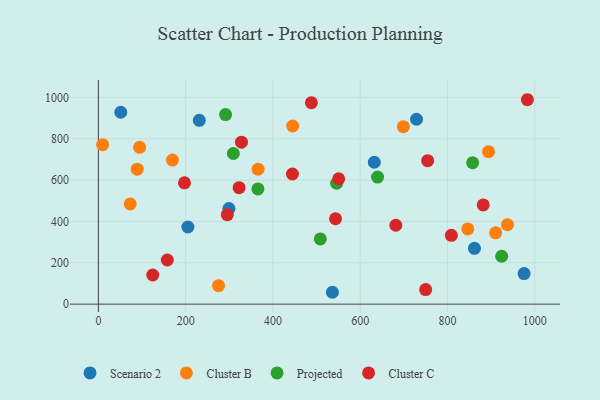
{"axis": {"x": "Study Hours", "y": "Exam Score"}, "legend": ["Cluster B", "Cluster C", "Projected", "Scenario 2"], "data": [{"x": "536.3", "y": 57.4, "type": "Scenario 2"}, {"x": "205.1", "y": 373.2, "type": "Scenario 2"}, {"x": "729.1", "y": 894.6, "type": "Scenario 2"}, {"x": "861.9", "y": 270.3, "type": "Scenario 2"}, {"x": "632.4", "y": 686.5, "type": "Scenario 2"}, {"x": "299.2", "y": 462.6, "type": "Scenario 2"}, {"x": "51.3", "y": 928.6, "type": "Scenario 2"}, {"x": "231.3", "y": 889.2, "type": "Scenario 2"}, {"x": "975.7", "y": 148.1, "type": "Scenario 2"}, {"x": "846.6", "y": 364.1, "type": "Cluster B"}, {"x": "89.0", "y": 653.2, "type": "Cluster B"}, {"x": "169.7", "y": 697.3, "type": "Cluster B"}, {"x": "698.9", "y": 858.9, "type": "Cluster B"}, {"x": "9.7", "y": 771.7, "type": "Cluster B"}, {"x": "910.4", "y": 345.2, "type": "Cluster B"}, {"x": "894.2", "y": 737.9, "type": "Cluster B"}, {"x": "72.9", "y": 484.8, "type": "Cluster B"}, {"x": "275.4", "y": 89.2, "type": "Cluster B"}, {"x": "937.6", "y": 384.3, "type": "Cluster B"}, {"x": "94.5", "y": 758.7, "type": "Cluster B"}, {"x": "366.0", "y": 653.0, "type": "Cluster B"}, {"x": "445.3", "y": 862.0, "type": "Cluster B"}, {"x": "546.0", "y": 585.0, "type": "Projected"}, {"x": "291.5", "y": 917.3, "type": "Projected"}, {"x": "365.6", "y": 557.6, "type": "Projected"}, {"x": "857.7", "y": 684.1, "type": "Projected"}, {"x": "924.3", "y": 231.7, "type": "Projected"}, {"x": "639.8", "y": 614.8, "type": "Projected"}, {"x": "309.3", "y": 728.8, "type": "Projected"}, {"x": "508.6", "y": 315.6, "type": "Projected"}, {"x": "543.5", "y": 413.1, "type": "Cluster C"}, {"x": "750.1", "y": 70.6, "type": "Cluster C"}, {"x": "809.0", "y": 332.8, "type": "Cluster C"}, {"x": "488.1", "y": 974.5, "type": "Cluster C"}, {"x": "295.5", "y": 432.9, "type": "Cluster C"}, {"x": "983.2", "y": 989.1, "type": "Cluster C"}, {"x": "681.7", "y": 381.6, "type": "Cluster C"}, {"x": "444.7", "y": 629.8, "type": "Cluster C"}, {"x": "882.0", "y": 480.1, "type": "Cluster C"}, {"x": "327.9", "y": 783.5, "type": "Cluster C"}, {"x": "550.7", "y": 606.3, "type": "Cluster C"}, {"x": "124.6", "y": 140.9, "type": "Cluster C"}, {"x": "754.7", "y": 694.0, "type": "Cluster C"}, {"x": "157.9", "y": 213.6, "type": "Cluster C"}, {"x": "322.5", "y": 563.3, "type": "Cluster C"}, {"x": "197.3", "y": 587.0, "type": "Cluster C"}]}